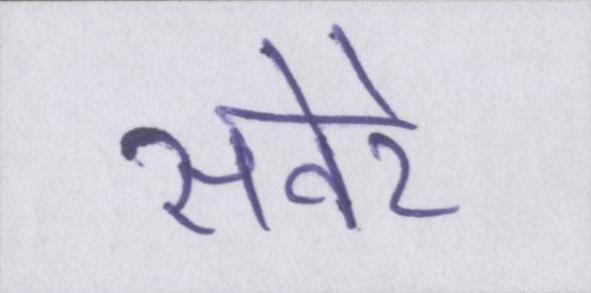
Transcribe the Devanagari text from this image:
सवेरे